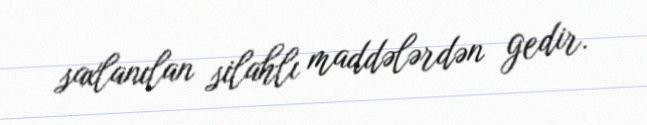
saxlanılan silahlı maddələrdən gedir.